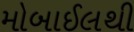
મોબાઈલથી